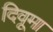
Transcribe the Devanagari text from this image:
दिवूमा